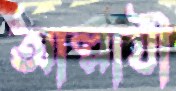
আল্লাযী